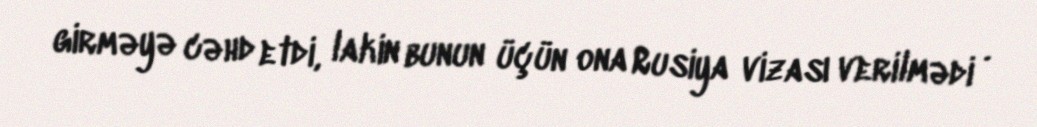
girməyə cəhd etdi, lakin bunun üçün ona Rusiya vizası verilmədi .